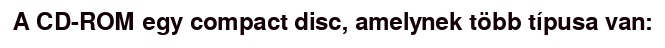
A CD-ROM egy compact disc, amelynek több típusa van: